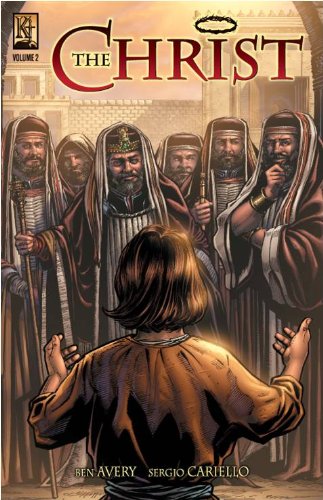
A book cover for The Christ Vol. 2; Ben Avery; Comics & Graphic Novels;